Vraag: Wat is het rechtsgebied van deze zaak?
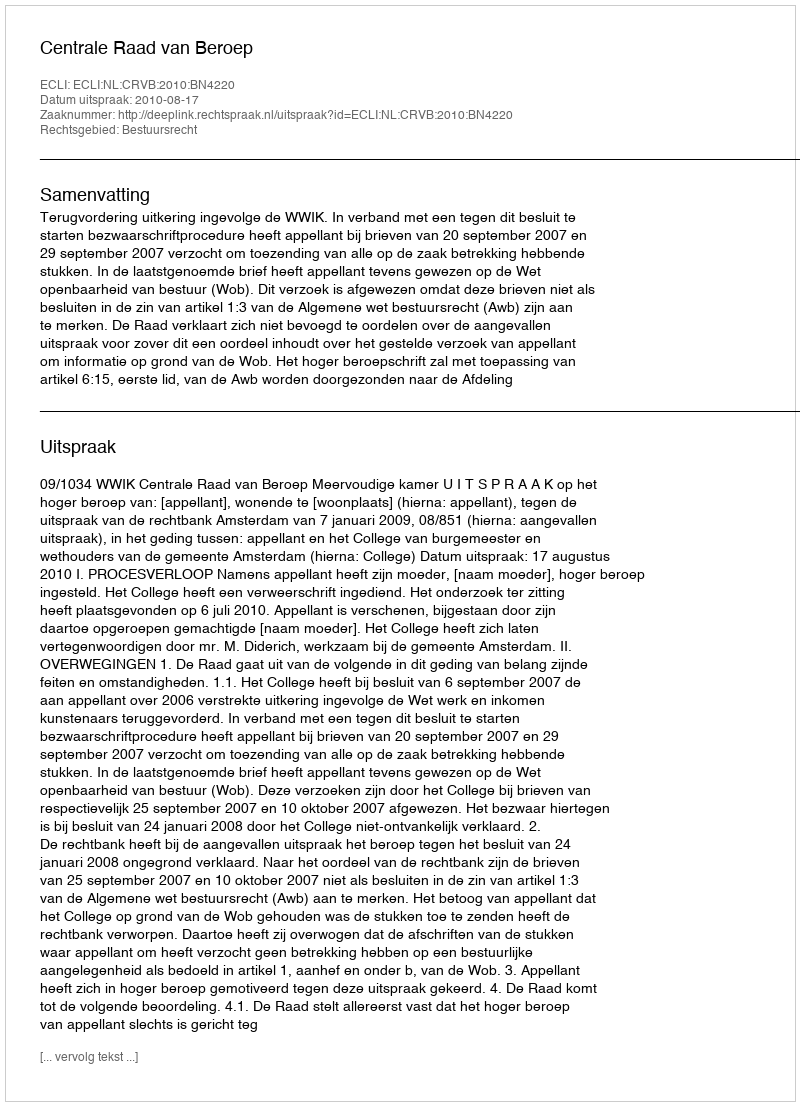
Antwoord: Bestuursrecht